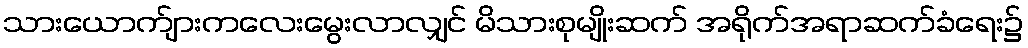
သားယောက်ျားကလေးမွေးလာလျှင် မိသားစုမျိုးဆက် အရိုက်အရာဆက်ခံရေး၌